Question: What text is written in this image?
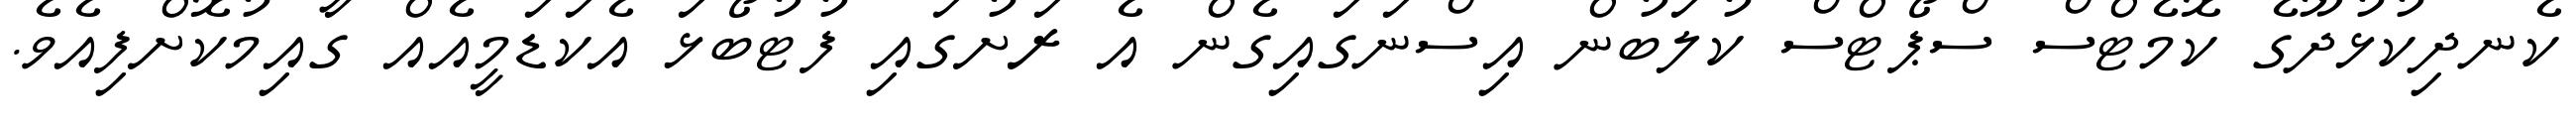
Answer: ކެނދިކުޅުދޫގެ ކޮމެޓްސް ސްޕޯޓްސް ކުލަބުން އިސްނަގައިގެން އެ ރަށުގައި ފުޓުބޯޅަ އެކަޑަމީއެއް ގާއިމުކޮށްފިއެވެ.